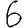
Digit: 6